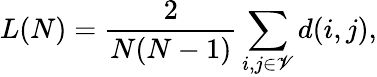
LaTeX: L(N)=\frac{2}{N(N-1)}\sum_{i,j\in\mathscr{V}}d(i,j),